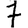
Digit: 7